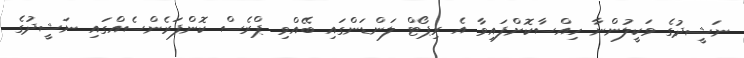
ނަޝީދުގެ ވަކީލުންނާ ހިއްސާކޮށްފައިވާ އެ ރިޕޯޓް ލަންޑަންގައި ބޭއްވި ޕްރެސް ކޮންފަރެންސެއްގައި ނަޝީދުގެ